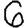
Digit: 6